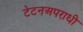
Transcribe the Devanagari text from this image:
टेटनअपराधी